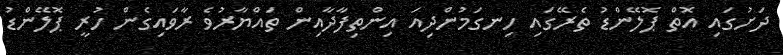
ދަށުގައި އޮތް ޕޮލޭންޑު ތެރޭގައި ހިނގަމުންދިއަ އިންތިފާދާއިން ތައްޔާރުވެ ރާވައިގެން ހުރީ ޕޮލޭންޑު